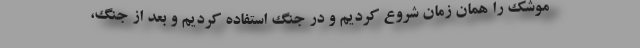
موشک را همان زمان شروع کردیم و در جنگ استفاده کردیم و بعد از جنگ،